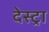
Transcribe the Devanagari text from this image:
देस्ट्रा